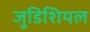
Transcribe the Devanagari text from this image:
जुडिशियल